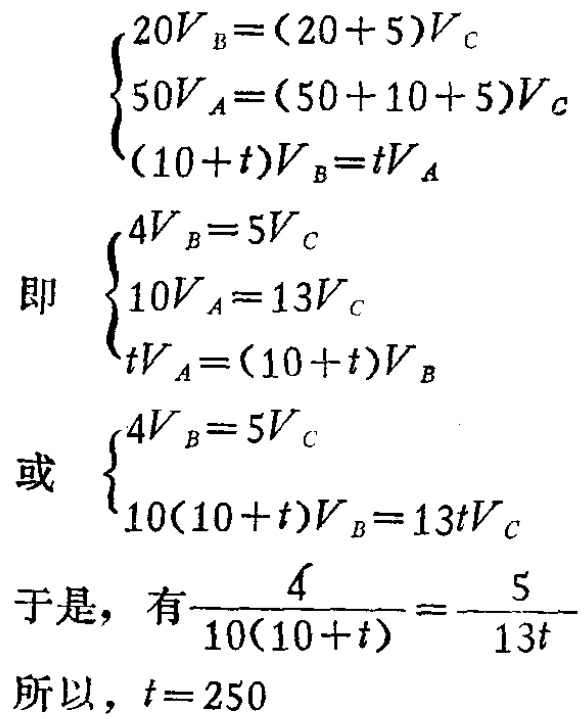
\[

\begin{cases}

20V_{B}=(20 + 5)V_{C}\\

50V_{A}=(50 + 10 + 5)V_{C}\\

(10 + t)V_{B}=tV_{A}

\end{cases}

\]

即

\[

\begin{cases}

4V_{B}=5V_{C}\\

10V_{A}=13V_{C}\\

tV_{A}=(10 + t)V_{B}

\end{cases}

\]

或

\[

\begin{cases}

4V_{B}=5V_{C}\\

10(10 + t)V_{B}=13tV_{C}

\end{cases}

\]

于是，有\(\frac{4}{10(10 + t)}=\frac{5}{13t}\)

所以，\(t = 250\)